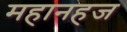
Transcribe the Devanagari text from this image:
महानहज